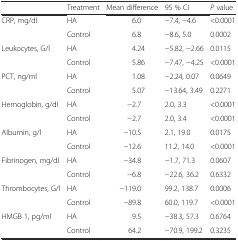
<table><thead><tr><td>[EMPTY_CELL]</td><td><b>Treatment</b></td><td><b>Mean difference</b></td><td><b>95 % CI</b></td><td><b><i>P</i> value</b></td></tr></thead><tbody><tr><td>CRP, mg/dl</td><td>HA</td><td>6.0</td><td>−7.4, −4.6</td><td>&lt;0.0001</td></tr><tr><td>[EMPTY_CELL]</td><td>Control</td><td>6.8</td><td>−8.6, 5.0</td><td>0.0002</td></tr><tr><td>Leukocytes, G/l</td><td>HA</td><td>4.24</td><td>−5.82, −2.66</td><td>0.0115</td></tr><tr><td>[EMPTY_CELL]</td><td>Control</td><td>5.86</td><td>−7.47, −4.25</td><td>&lt;0.0001</td></tr><tr><td>PCT, ng/ml</td><td>HA</td><td>1.08</td><td>−2.24, 0.07</td><td>0.0649</td></tr><tr><td>[EMPTY_CELL]</td><td>Control</td><td>5.07</td><td>−13.64, 3.49</td><td>0.2271</td></tr><tr><td>Hemoglobin, g/dl</td><td>HA</td><td>−2.7</td><td>2.0, 3.3</td><td>&lt;0.0001</td></tr><tr><td>[EMPTY_CELL]</td><td>Control</td><td>−2.7</td><td>2.0, 3.4</td><td>&lt;0.0001</td></tr><tr><td>Albumin, g/l</td><td>HA</td><td>−10.5</td><td>2.1, 19.0</td><td>0.0175</td></tr><tr><td>[EMPTY_CELL]</td><td>Control</td><td>−12.6</td><td>11.2, 14.0</td><td>&lt;0.0001</td></tr><tr><td>Fibrinogen, mg/dl</td><td>HA</td><td>−34.8</td><td>−1.7, 71.3</td><td>0.0607</td></tr><tr><td>[EMPTY_CELL]</td><td>Control</td><td>−6.8</td><td>−22.6, 36.2</td><td>0.6332</td></tr><tr><td>Thrombocytes, G/l</td><td>HA</td><td>−119.0</td><td>99.2, 138.7</td><td>0.0006</td></tr><tr><td>[EMPTY_CELL]</td><td>Control</td><td>−89.8</td><td>60.0, 119.7</td><td>&lt;0.0001</td></tr><tr><td>HMGB 1, pg/ml</td><td>HA</td><td>9.5</td><td>−38.3, 57.3</td><td>0.6764</td></tr><tr><td>[EMPTY_CELL]</td><td>Control</td><td>64.2</td><td>−70.9, 199.2</td><td>0.3235</td></tr></tbody></table>